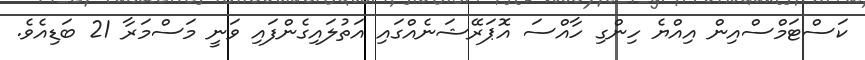
ކަސްޓަމްސްއިން އިއްޔެ ހިންގި ހާއްސަ އޮޕަރޭޝަނެއްގައި އަތުލައިގެންފައި ވަނީ މަސްމަރާ 21 ބަޑިއެވެ.